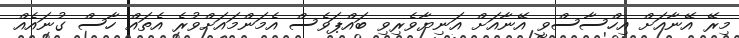
މިރޭ އޭނާއަށް އިހްސާސްވީ އޭނާއަށް އަނިޔާވެރިވި ބައްޕަވެސް އެމަންމައަށްވުރެ އެތައް ހާސް ގުނައެއް